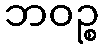
ဘဝဉ္စ